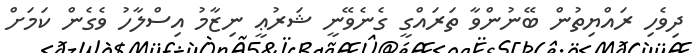
ދިވެހި ރައްޔިތުން ބޭނުންވާ ތަރައްގީ ގެނެވޭނީ ޝަރުޢީ ނިޒާމު އިސްލާހު ވެގެން ކަމަށް